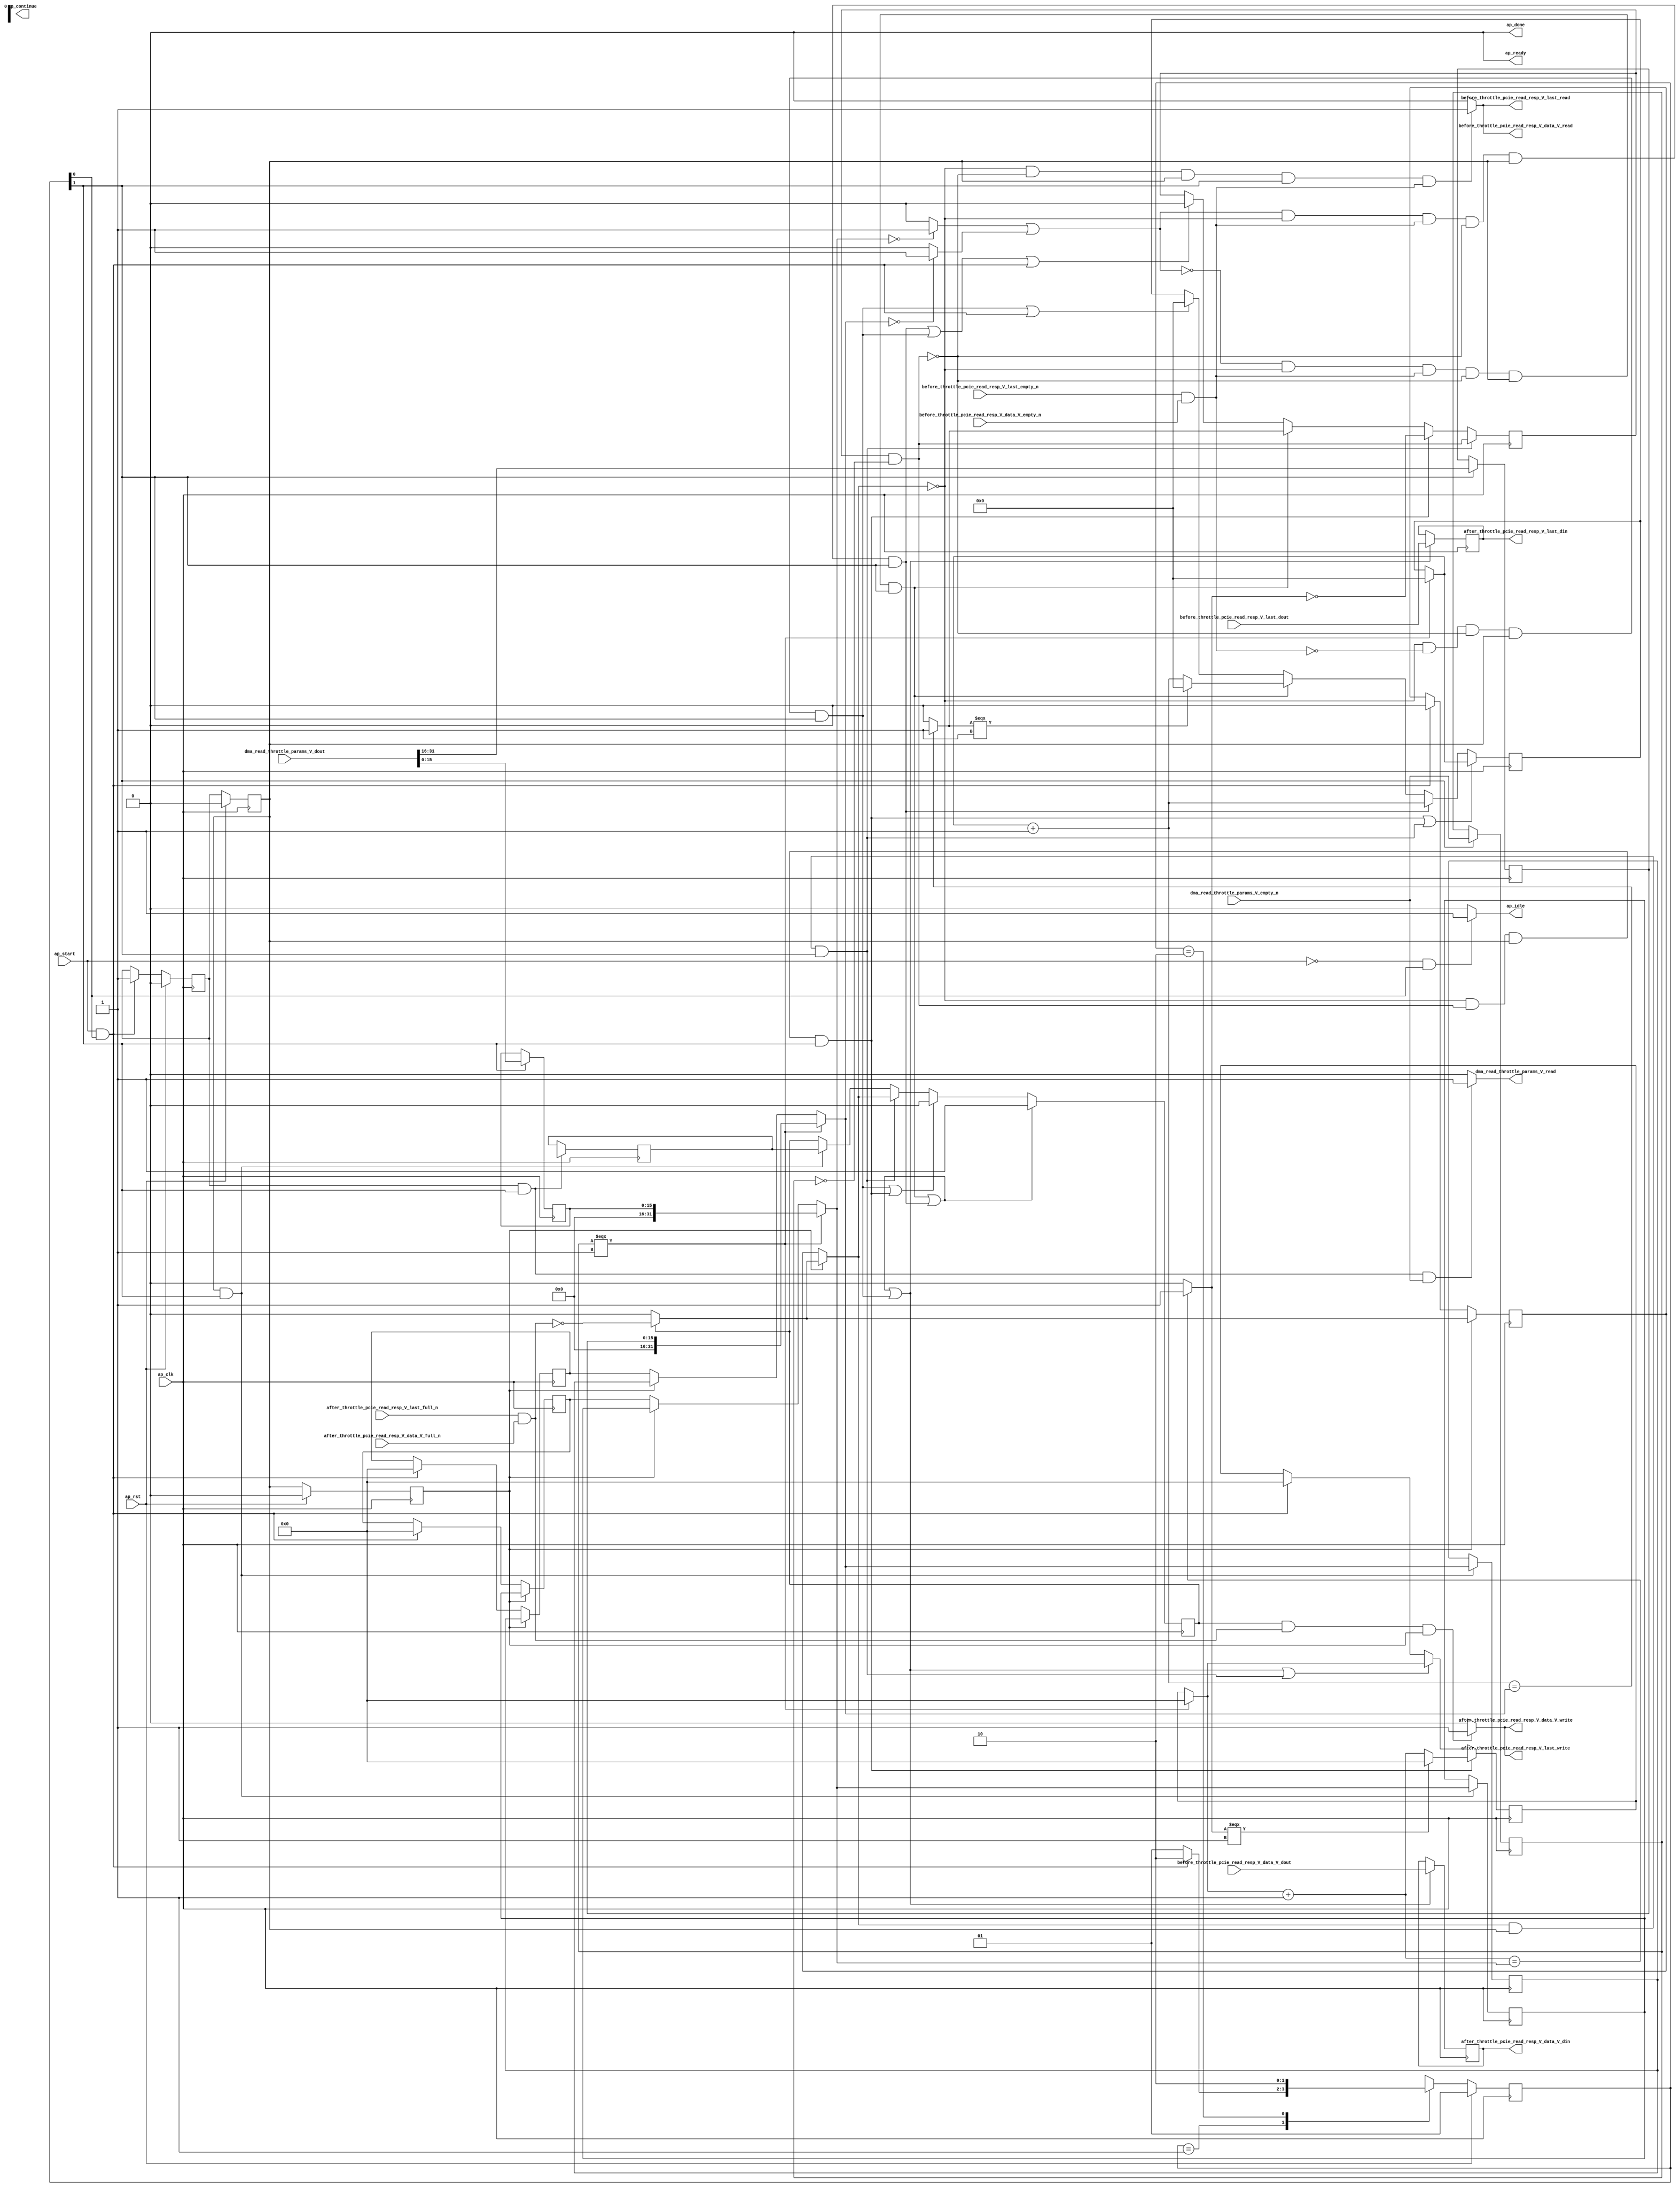
// ==============================================================
// RTL generated by Vivado(TM) HLS - High-Level Synthesis from C, C++ and SystemC
// Version: 2017.4.op
// Copyright (C) 1986-2018 Xilinx, Inc. All Rights Reserved.
// 
// ===========================================================

`timescale 1 ns / 1 ps 

(* CORE_GENERATION_INFO="pcie_read_throttle_unit,hls_ip_2017_4_op,{HLS_INPUT_TYPE=cxx,HLS_INPUT_FLOAT=0,HLS_INPUT_FIXED=0,HLS_INPUT_PART=xcvu9p-flgb2104-2-i,HLS_INPUT_CLOCK=4.000000,HLS_INPUT_ARCH=others,HLS_SYN_CLOCK=3.196250,HLS_SYN_LAT=-1,HLS_SYN_TPT=none,HLS_SYN_MEM=0,HLS_SYN_DSP=0,HLS_SYN_FF=740,HLS_SYN_LUT=581}" *)

module pcie_read_throttle_unit (
        ap_clk,
        ap_rst,
        ap_start,
        ap_done,
ap_continue,
        ap_idle,
        ap_ready,
        dma_read_throttle_params_V_dout,
        dma_read_throttle_params_V_empty_n,
        dma_read_throttle_params_V_read,
        before_throttle_pcie_read_resp_V_last_dout,
        before_throttle_pcie_read_resp_V_last_empty_n,
        before_throttle_pcie_read_resp_V_last_read,
        before_throttle_pcie_read_resp_V_data_V_dout,
        before_throttle_pcie_read_resp_V_data_V_empty_n,
        before_throttle_pcie_read_resp_V_data_V_read,
        after_throttle_pcie_read_resp_V_last_din,
        after_throttle_pcie_read_resp_V_last_full_n,
        after_throttle_pcie_read_resp_V_last_write,
        after_throttle_pcie_read_resp_V_data_V_din,
        after_throttle_pcie_read_resp_V_data_V_full_n,
        after_throttle_pcie_read_resp_V_data_V_write
);

parameter    ap_ST_fsm_state1 = 2'd1;
parameter    ap_ST_fsm_pp0_stage0 = 2'd2;

input   ap_clk;
input   ap_rst;
input   ap_start;
output   ap_done;
output   ap_idle;
output ap_ready; output ap_continue;
input  [31:0] dma_read_throttle_params_V_dout;
input   dma_read_throttle_params_V_empty_n;
output   dma_read_throttle_params_V_read;
input   before_throttle_pcie_read_resp_V_last_dout;
input   before_throttle_pcie_read_resp_V_last_empty_n;
output   before_throttle_pcie_read_resp_V_last_read;
input  [511:0] before_throttle_pcie_read_resp_V_data_V_dout;
input   before_throttle_pcie_read_resp_V_data_V_empty_n;
output   before_throttle_pcie_read_resp_V_data_V_read;
output   after_throttle_pcie_read_resp_V_last_din;
input   after_throttle_pcie_read_resp_V_last_full_n;
output   after_throttle_pcie_read_resp_V_last_write;
output  [511:0] after_throttle_pcie_read_resp_V_data_V_din;
input   after_throttle_pcie_read_resp_V_data_V_full_n;
output   after_throttle_pcie_read_resp_V_data_V_write;

reg ap_idle;
reg dma_read_throttle_params_V_read;

(* fsm_encoding = "none" *) reg   [1:0] ap_CS_fsm;
wire    ap_CS_fsm_state1;
reg   [31:0] throttle_threshold_reg_162;
reg   [31:0] throttle_cnt_reg_173;
reg   [0:0] valid_read_resp_reg_184;
reg   [0:0] empty_n_reg_504;
wire    ap_CS_fsm_pp0_stage0;
wire    ap_block_state2_pp0_stage0_iter0;
wire    ap_block_state3_pp0_stage0_iter1;
wire    ap_block_state4_pp0_stage0_iter2;
wire    ap_block_pp0_stage0_11001;
wire   [15:0] throttle_cnt_2_fu_269_p1;
reg   [15:0] throttle_cnt_2_reg_513;
reg   [15:0] throttle_threshold_1_reg_518;
wire   [31:0] throttle_threshold_3_fu_306_p3;
reg   [31:0] throttle_threshold_3_reg_523;
reg    ap_enable_reg_pp0_iter1;
wire   [31:0] throttle_cnt_1_fu_313_p3;
reg   [31:0] throttle_cnt_1_reg_528;
wire   [0:0] read_resp_stall_1_fu_325_p2;
wire   [0:0] empty_n_2_fu_339_p1;
reg   [0:0] ap_phi_mux_valid_read_resp_phi_fu_188_p4;
wire   [0:0] or_cond_fu_371_p2;
reg    ap_enable_reg_pp0_iter0;
wire    ap_block_pp0_stage0_subdone;
reg    ap_enable_reg_pp0_iter2;
reg   [31:0] ap_phi_mux_throttle_threshold_phi_fu_166_p4;
wire    ap_block_pp0_stage0;
reg   [31:0] ap_phi_mux_throttle_cnt_phi_fu_177_p4;
reg   [0:0] ap_phi_mux_valid_read_resp_5_phi_fu_222_p4;
wire   [0:0] ap_phi_mux_valid_read_resp_3_phi_fu_201_p10;
wire   [0:0] ap_phi_reg_pp0_iter0_valid_read_resp_3_reg_196;
reg   [0:0] ap_phi_reg_pp0_iter1_valid_read_resp_3_reg_196;
reg   [0:0] ap_phi_reg_pp0_iter2_valid_read_resp_3_reg_196;
wire   [0:0] not_full_n_i_fu_459_p2;
wire   [0:0] ap_phi_reg_pp0_iter2_valid_read_resp_5_reg_218;
reg    before_throttle_pcie_read_resp_V_last0_update;
wire   [0:0] empty_n_1_nbread_fu_144_p3_0;
reg    after_throttle_pcie_read_resp_V_last1_update;
wire   [0:0] full_n_nbwrite_fu_152_p5;
wire    ap_block_pp0_stage0_01001;
reg   [31:0] read_resp_stall_times_fu_118;
wire   [31:0] read_resp_stall_times_1_fu_331_p3;
wire   [31:0] p_s_fu_428_p3;
reg   [0:0] read_resp_stall_fu_122;
wire   [0:0] tmp_s_fu_381_p2;
wire   [0:0] not_s_fu_422_p2;
reg   [24:0] read_resp_contiguous_times_V_1_fu_126;
wire   [24:0] p_1_fu_387_p3;
wire   [24:0] read_resp_contiguous_times_V_fu_353_p2;
wire   [24:0] p_0_1_fu_298_p3;
reg   [0:0] tmp_last_fu_130;
reg   [511:0] tmp_data_V_fu_134;
wire   [31:0] throttle_threshold_2_fu_292_p1;
wire   [31:0] throttle_cnt_2_cast_fu_295_p1;
wire   [0:0] not_empty_n_fu_320_p2;
wire   [0:0] tmp_7_fu_359_p2;
wire   [0:0] tmp_8_fu_365_p2;
wire   [31:0] tmp_9_fu_377_p1;
wire   [31:0] read_resp_stall_times_2_fu_410_p2;
wire   [0:0] tmp_4_fu_416_p2;
reg   [1:0] ap_NS_fsm;
reg    ap_idle_pp0;
wire    ap_enable_pp0;

// power-on initialization
initial begin
#0 ap_CS_fsm = 2'd1;
#0 ap_enable_reg_pp0_iter1 = 1'b0;
#0 ap_enable_reg_pp0_iter0 = 1'b0;
#0 ap_enable_reg_pp0_iter2 = 1'b0;
end

always @ (posedge ap_clk) begin
    if (ap_rst == 1'b1) begin
        ap_CS_fsm <= ap_ST_fsm_state1;
    end else begin
        ap_CS_fsm <= ap_NS_fsm;
    end
end

always @ (posedge ap_clk) begin
    if (ap_rst == 1'b1) begin
        ap_enable_reg_pp0_iter0 <= 1'b0;
    end else begin
        if (((ap_start == 1'b1) & (1'b1 == ap_CS_fsm_state1))) begin
            ap_enable_reg_pp0_iter0 <= 1'b1;
        end
    end
end

always @ (posedge ap_clk) begin
    if (ap_rst == 1'b1) begin
        ap_enable_reg_pp0_iter1 <= 1'b0;
    end else begin
        if ((1'b0 == ap_block_pp0_stage0_subdone)) begin
            ap_enable_reg_pp0_iter1 <= ap_enable_reg_pp0_iter0;
        end else if (((ap_start == 1'b1) & (1'b1 == ap_CS_fsm_state1))) begin
            ap_enable_reg_pp0_iter1 <= 1'b0;
        end
    end
end

always @ (posedge ap_clk) begin
    if (ap_rst == 1'b1) begin
        ap_enable_reg_pp0_iter2 <= 1'b0;
    end else begin
        if ((1'b0 == ap_block_pp0_stage0_subdone)) begin
            ap_enable_reg_pp0_iter2 <= ap_enable_reg_pp0_iter1;
        end else if (((ap_start == 1'b1) & (1'b1 == ap_CS_fsm_state1))) begin
            ap_enable_reg_pp0_iter2 <= 1'b0;
        end
    end
end

always @ (posedge ap_clk) begin
    if ((((or_cond_fu_371_p2 == 1'd0) & (ap_phi_mux_valid_read_resp_phi_fu_188_p4 == 1'd0) & (empty_n_2_fu_339_p1 == 1'd1) & (read_resp_stall_1_fu_325_p2 == 1'd0) & (1'b0 == ap_block_pp0_stage0_11001) & (ap_enable_reg_pp0_iter1 == 1'b1) & (1'b1 == ap_CS_fsm_pp0_stage0)) | ((or_cond_fu_371_p2 == 1'd1) & (ap_phi_mux_valid_read_resp_phi_fu_188_p4 == 1'd0) & (empty_n_2_fu_339_p1 == 1'd1) & (read_resp_stall_1_fu_325_p2 == 1'd0) & (1'b0 == ap_block_pp0_stage0_11001) & (ap_enable_reg_pp0_iter1 == 1'b1) & (1'b1 == ap_CS_fsm_pp0_stage0)))) begin
        ap_phi_reg_pp0_iter2_valid_read_resp_3_reg_196 <= 1'd1;
    end else if ((((ap_phi_mux_valid_read_resp_phi_fu_188_p4 == 1'd0) & (empty_n_2_fu_339_p1 == 1'd0) & (read_resp_stall_1_fu_325_p2 == 1'd0) & (1'b0 == ap_block_pp0_stage0_11001) & (ap_enable_reg_pp0_iter1 == 1'b1) & (1'b1 == ap_CS_fsm_pp0_stage0)) | ((ap_phi_mux_valid_read_resp_phi_fu_188_p4 == 1'd0) & (read_resp_stall_1_fu_325_p2 == 1'd1) & (1'b0 == ap_block_pp0_stage0_11001) & (ap_enable_reg_pp0_iter1 == 1'b1) & (1'b1 == ap_CS_fsm_pp0_stage0)))) begin
        ap_phi_reg_pp0_iter2_valid_read_resp_3_reg_196 <= 1'd0;
    end else if (((ap_phi_mux_valid_read_resp_phi_fu_188_p4 == 1'd1) & (1'b0 == ap_block_pp0_stage0_11001) & (ap_enable_reg_pp0_iter1 == 1'b1) & (1'b1 == ap_CS_fsm_pp0_stage0))) begin
        ap_phi_reg_pp0_iter2_valid_read_resp_3_reg_196 <= ap_phi_mux_valid_read_resp_phi_fu_188_p4;
    end else if (((1'b0 == ap_block_pp0_stage0_11001) & (ap_enable_reg_pp0_iter1 == 1'b1) & (1'b1 == ap_CS_fsm_pp0_stage0))) begin
        ap_phi_reg_pp0_iter2_valid_read_resp_3_reg_196 <= ap_phi_reg_pp0_iter1_valid_read_resp_3_reg_196;
    end
end

always @ (posedge ap_clk) begin
    if ((((ap_phi_mux_valid_read_resp_phi_fu_188_p4 == 1'd0) & (read_resp_stall_1_fu_325_p2 == 1'd1) & (1'b0 == ap_block_pp0_stage0_11001) & (ap_enable_reg_pp0_iter1 == 1'b1) & (1'b1 == ap_CS_fsm_pp0_stage0)) | ((ap_phi_mux_valid_read_resp_phi_fu_188_p4 == 1'd1) & (1'b0 == ap_block_pp0_stage0_11001) & (ap_enable_reg_pp0_iter1 == 1'b1) & (1'b1 == ap_CS_fsm_pp0_stage0)))) begin
        read_resp_contiguous_times_V_1_fu_126 <= p_0_1_fu_298_p3;
    end else if (((or_cond_fu_371_p2 == 1'd1) & (ap_phi_mux_valid_read_resp_phi_fu_188_p4 == 1'd0) & (empty_n_2_fu_339_p1 == 1'd1) & (read_resp_stall_1_fu_325_p2 == 1'd0) & (1'b0 == ap_block_pp0_stage0_11001) & (ap_enable_reg_pp0_iter1 == 1'b1) & (1'b1 == ap_CS_fsm_pp0_stage0))) begin
        read_resp_contiguous_times_V_1_fu_126 <= read_resp_contiguous_times_V_fu_353_p2;
    end else if (((or_cond_fu_371_p2 == 1'd0) & (ap_phi_mux_valid_read_resp_phi_fu_188_p4 == 1'd0) & (empty_n_2_fu_339_p1 == 1'd1) & (read_resp_stall_1_fu_325_p2 == 1'd0) & (1'b0 == ap_block_pp0_stage0_11001) & (ap_enable_reg_pp0_iter1 == 1'b1) & (1'b1 == ap_CS_fsm_pp0_stage0))) begin
        read_resp_contiguous_times_V_1_fu_126 <= p_1_fu_387_p3;
    end else if ((((ap_phi_mux_valid_read_resp_phi_fu_188_p4 == 1'd0) & (empty_n_2_fu_339_p1 == 1'd0) & (read_resp_stall_1_fu_325_p2 == 1'd0) & (1'b0 == ap_block_pp0_stage0_11001) & (ap_enable_reg_pp0_iter1 == 1'b1) & (1'b1 == ap_CS_fsm_pp0_stage0)) | ((ap_start == 1'b1) & (1'b1 == ap_CS_fsm_state1)))) begin
        read_resp_contiguous_times_V_1_fu_126 <= 25'd0;
    end
end

always @ (posedge ap_clk) begin
    if (((ap_phi_mux_valid_read_resp_phi_fu_188_p4 == 1'd1) & (1'b0 == ap_block_pp0_stage0_11001) & (ap_enable_reg_pp0_iter1 == 1'b1) & (1'b1 == ap_CS_fsm_pp0_stage0))) begin
        read_resp_stall_fu_122 <= read_resp_stall_1_fu_325_p2;
    end else if (((ap_phi_mux_valid_read_resp_phi_fu_188_p4 == 1'd0) & (read_resp_stall_1_fu_325_p2 == 1'd1) & (1'b0 == ap_block_pp0_stage0_11001) & (ap_enable_reg_pp0_iter1 == 1'b1) & (1'b1 == ap_CS_fsm_pp0_stage0))) begin
        read_resp_stall_fu_122 <= not_s_fu_422_p2;
    end else if (((or_cond_fu_371_p2 == 1'd0) & (ap_phi_mux_valid_read_resp_phi_fu_188_p4 == 1'd0) & (empty_n_2_fu_339_p1 == 1'd1) & (read_resp_stall_1_fu_325_p2 == 1'd0) & (1'b0 == ap_block_pp0_stage0_11001) & (ap_enable_reg_pp0_iter1 == 1'b1) & (1'b1 == ap_CS_fsm_pp0_stage0))) begin
        read_resp_stall_fu_122 <= tmp_s_fu_381_p2;
    end else if ((((or_cond_fu_371_p2 == 1'd1) & (ap_phi_mux_valid_read_resp_phi_fu_188_p4 == 1'd0) & (empty_n_2_fu_339_p1 == 1'd1) & (read_resp_stall_1_fu_325_p2 == 1'd0) & (1'b0 == ap_block_pp0_stage0_11001) & (ap_enable_reg_pp0_iter1 == 1'b1) & (1'b1 == ap_CS_fsm_pp0_stage0)) | ((ap_phi_mux_valid_read_resp_phi_fu_188_p4 == 1'd0) & (empty_n_2_fu_339_p1 == 1'd0) & (read_resp_stall_1_fu_325_p2 == 1'd0) & (1'b0 == ap_block_pp0_stage0_11001) & (ap_enable_reg_pp0_iter1 == 1'b1) & (1'b1 == ap_CS_fsm_pp0_stage0)) | ((ap_start == 1'b1) & (1'b1 == ap_CS_fsm_state1)))) begin
        read_resp_stall_fu_122 <= 1'd0;
    end
end

always @ (posedge ap_clk) begin
    if (((ap_phi_mux_valid_read_resp_phi_fu_188_p4 == 1'd0) & (read_resp_stall_1_fu_325_p2 == 1'd1) & (1'b0 == ap_block_pp0_stage0_11001) & (ap_enable_reg_pp0_iter1 == 1'b1) & (1'b1 == ap_CS_fsm_pp0_stage0))) begin
        read_resp_stall_times_fu_118 <= p_s_fu_428_p3;
    end else if ((((or_cond_fu_371_p2 == 1'd0) & (ap_phi_mux_valid_read_resp_phi_fu_188_p4 == 1'd0) & (empty_n_2_fu_339_p1 == 1'd1) & (read_resp_stall_1_fu_325_p2 == 1'd0) & (1'b0 == ap_block_pp0_stage0_11001) & (ap_enable_reg_pp0_iter1 == 1'b1) & (1'b1 == ap_CS_fsm_pp0_stage0)) | ((or_cond_fu_371_p2 == 1'd1) & (ap_phi_mux_valid_read_resp_phi_fu_188_p4 == 1'd0) & (empty_n_2_fu_339_p1 == 1'd1) & (read_resp_stall_1_fu_325_p2 == 1'd0) & (1'b0 == ap_block_pp0_stage0_11001) & (ap_enable_reg_pp0_iter1 == 1'b1) & (1'b1 == ap_CS_fsm_pp0_stage0)) | ((ap_phi_mux_valid_read_resp_phi_fu_188_p4 == 1'd0) & (empty_n_2_fu_339_p1 == 1'd0) & (read_resp_stall_1_fu_325_p2 == 1'd0) & (1'b0 == ap_block_pp0_stage0_11001) & (ap_enable_reg_pp0_iter1 == 1'b1) & (1'b1 == ap_CS_fsm_pp0_stage0)) | ((ap_phi_mux_valid_read_resp_phi_fu_188_p4 == 1'd1) & (1'b0 == ap_block_pp0_stage0_11001) & (ap_enable_reg_pp0_iter1 == 1'b1) & (1'b1 == ap_CS_fsm_pp0_stage0)))) begin
        read_resp_stall_times_fu_118 <= read_resp_stall_times_1_fu_331_p3;
    end else if (((ap_start == 1'b1) & (1'b1 == ap_CS_fsm_state1))) begin
        read_resp_stall_times_fu_118 <= 32'd0;
    end
end

always @ (posedge ap_clk) begin
    if (((1'b0 == ap_block_pp0_stage0_11001) & (ap_enable_reg_pp0_iter2 == 1'b1))) begin
        throttle_cnt_reg_173 <= throttle_cnt_1_reg_528;
    end else if (((ap_start == 1'b1) & (1'b1 == ap_CS_fsm_state1))) begin
        throttle_cnt_reg_173 <= 32'd0;
    end
end

always @ (posedge ap_clk) begin
    if (((1'b0 == ap_block_pp0_stage0_11001) & (ap_enable_reg_pp0_iter2 == 1'b1))) begin
        throttle_threshold_reg_162 <= throttle_threshold_3_reg_523;
    end else if (((ap_start == 1'b1) & (1'b1 == ap_CS_fsm_state1))) begin
        throttle_threshold_reg_162 <= 32'd0;
    end
end

always @ (posedge ap_clk) begin
    if (((1'b0 == ap_block_pp0_stage0_11001) & (ap_enable_reg_pp0_iter2 == 1'b1))) begin
        valid_read_resp_reg_184 <= ap_phi_mux_valid_read_resp_5_phi_fu_222_p4;
    end else if (((ap_start == 1'b1) & (1'b1 == ap_CS_fsm_state1))) begin
        valid_read_resp_reg_184 <= 1'd0;
    end
end

always @ (posedge ap_clk) begin
    if (((1'b0 == ap_block_pp0_stage0_11001) & (ap_enable_reg_pp0_iter0 == 1'b1) & (1'b1 == ap_CS_fsm_pp0_stage0))) begin
        ap_phi_reg_pp0_iter1_valid_read_resp_3_reg_196 <= ap_phi_reg_pp0_iter0_valid_read_resp_3_reg_196;
    end
end

always @ (posedge ap_clk) begin
    if (((1'b0 == ap_block_pp0_stage0_11001) & (1'b1 == ap_CS_fsm_pp0_stage0))) begin
        empty_n_reg_504 <= dma_read_throttle_params_V_empty_n;
        throttle_cnt_2_reg_513 <= throttle_cnt_2_fu_269_p1;
        throttle_threshold_1_reg_518 <= {{dma_read_throttle_params_V_dout[31:16]}};
    end
end

always @ (posedge ap_clk) begin
    if (((1'b0 == ap_block_pp0_stage0_11001) & (ap_enable_reg_pp0_iter1 == 1'b1) & (1'b1 == ap_CS_fsm_pp0_stage0))) begin
        throttle_cnt_1_reg_528 <= throttle_cnt_1_fu_313_p3;
        throttle_threshold_3_reg_523 <= throttle_threshold_3_fu_306_p3;
    end
end

always @ (posedge ap_clk) begin
    if ((((or_cond_fu_371_p2 == 1'd0) & (ap_phi_mux_valid_read_resp_phi_fu_188_p4 == 1'd0) & (empty_n_2_fu_339_p1 == 1'd1) & (read_resp_stall_1_fu_325_p2 == 1'd0) & (1'b0 == ap_block_pp0_stage0_11001) & (ap_enable_reg_pp0_iter1 == 1'b1) & (1'b1 == ap_CS_fsm_pp0_stage0)) | ((or_cond_fu_371_p2 == 1'd1) & (ap_phi_mux_valid_read_resp_phi_fu_188_p4 == 1'd0) & (empty_n_2_fu_339_p1 == 1'd1) & (read_resp_stall_1_fu_325_p2 == 1'd0) & (1'b0 == ap_block_pp0_stage0_11001) & (ap_enable_reg_pp0_iter1 == 1'b1) & (1'b1 == ap_CS_fsm_pp0_stage0)) | ((ap_phi_mux_valid_read_resp_phi_fu_188_p4 == 1'd0) & (empty_n_2_fu_339_p1 == 1'd0) & (read_resp_stall_1_fu_325_p2 == 1'd0) & (1'b0 == ap_block_pp0_stage0_11001) & (ap_enable_reg_pp0_iter1 == 1'b1) & (1'b1 == ap_CS_fsm_pp0_stage0)))) begin
        tmp_data_V_fu_134 <= before_throttle_pcie_read_resp_V_data_V_dout;
        tmp_last_fu_130 <= before_throttle_pcie_read_resp_V_last_dout;
    end
end

always @ (*) begin
    if (((ap_phi_mux_valid_read_resp_3_phi_fu_201_p10 == 1'd1) & (1'b0 == ap_block_pp0_stage0_11001) & ((after_throttle_pcie_read_resp_V_last_full_n & after_throttle_pcie_read_resp_V_data_V_full_n) == 1'b1) & (ap_enable_reg_pp0_iter2 == 1'b1))) begin
        after_throttle_pcie_read_resp_V_last1_update = 1'b1;
    end else begin
        after_throttle_pcie_read_resp_V_last1_update = 1'b0;
    end
end

always @ (*) begin
    if (((ap_start == 1'b0) & (1'b1 == ap_CS_fsm_state1))) begin
        ap_idle = 1'b1;
    end else begin
        ap_idle = 1'b0;
    end
end

always @ (*) begin
    if (((ap_enable_reg_pp0_iter0 == 1'b0) & (ap_enable_reg_pp0_iter1 == 1'b0) & (ap_enable_reg_pp0_iter2 == 1'b0))) begin
        ap_idle_pp0 = 1'b1;
    end else begin
        ap_idle_pp0 = 1'b0;
    end
end

always @ (*) begin
    if (((ap_enable_reg_pp0_iter2 == 1'b1) & (1'b0 == ap_block_pp0_stage0))) begin
        ap_phi_mux_throttle_cnt_phi_fu_177_p4 = throttle_cnt_1_reg_528;
    end else begin
        ap_phi_mux_throttle_cnt_phi_fu_177_p4 = throttle_cnt_reg_173;
    end
end

always @ (*) begin
    if (((ap_enable_reg_pp0_iter2 == 1'b1) & (1'b0 == ap_block_pp0_stage0))) begin
        ap_phi_mux_throttle_threshold_phi_fu_166_p4 = throttle_threshold_3_reg_523;
    end else begin
        ap_phi_mux_throttle_threshold_phi_fu_166_p4 = throttle_threshold_reg_162;
    end
end

always @ (*) begin
    if (((ap_enable_reg_pp0_iter2 == 1'b1) & (1'b0 == ap_block_pp0_stage0))) begin
        if ((ap_phi_mux_valid_read_resp_3_phi_fu_201_p10 == 1'd0)) begin
            ap_phi_mux_valid_read_resp_5_phi_fu_222_p4 = ap_phi_reg_pp0_iter2_valid_read_resp_3_reg_196;
        end else if ((ap_phi_mux_valid_read_resp_3_phi_fu_201_p10 == 1'd1)) begin
            ap_phi_mux_valid_read_resp_5_phi_fu_222_p4 = not_full_n_i_fu_459_p2;
        end else begin
            ap_phi_mux_valid_read_resp_5_phi_fu_222_p4 = ap_phi_reg_pp0_iter2_valid_read_resp_5_reg_218;
        end
    end else begin
        ap_phi_mux_valid_read_resp_5_phi_fu_222_p4 = ap_phi_reg_pp0_iter2_valid_read_resp_5_reg_218;
    end
end

always @ (*) begin
    if (((ap_enable_reg_pp0_iter2 == 1'b1) & (1'b0 == ap_block_pp0_stage0))) begin
        ap_phi_mux_valid_read_resp_phi_fu_188_p4 = ap_phi_mux_valid_read_resp_5_phi_fu_222_p4;
    end else begin
        ap_phi_mux_valid_read_resp_phi_fu_188_p4 = valid_read_resp_reg_184;
    end
end

always @ (*) begin
    if (((ap_phi_mux_valid_read_resp_phi_fu_188_p4 == 1'd0) & (read_resp_stall_1_fu_325_p2 == 1'd0) & (1'b0 == ap_block_pp0_stage0_11001) & (ap_enable_reg_pp0_iter1 == 1'b1) & (1'b1 == ap_CS_fsm_pp0_stage0) & ((before_throttle_pcie_read_resp_V_last_empty_n & before_throttle_pcie_read_resp_V_data_V_empty_n) == 1'b1))) begin
        before_throttle_pcie_read_resp_V_last0_update = 1'b1;
    end else begin
        before_throttle_pcie_read_resp_V_last0_update = 1'b0;
    end
end

always @ (*) begin
    if (((1'b0 == ap_block_pp0_stage0_11001) & (ap_enable_reg_pp0_iter0 == 1'b1) & (1'b1 == ap_CS_fsm_pp0_stage0) & (dma_read_throttle_params_V_empty_n == 1'b1))) begin
        dma_read_throttle_params_V_read = 1'b1;
    end else begin
        dma_read_throttle_params_V_read = 1'b0;
    end
end

always @ (*) begin
    case (ap_CS_fsm)
        ap_ST_fsm_state1 : begin
            if (((ap_start == 1'b1) & (1'b1 == ap_CS_fsm_state1))) begin
                ap_NS_fsm = ap_ST_fsm_pp0_stage0;
            end else begin
                ap_NS_fsm = ap_ST_fsm_state1;
            end
        end
        ap_ST_fsm_pp0_stage0 : begin
            ap_NS_fsm = ap_ST_fsm_pp0_stage0;
        end
        default : begin
            ap_NS_fsm = 'bx;
        end
    endcase
end

assign after_throttle_pcie_read_resp_V_data_V_din = tmp_data_V_fu_134;

assign after_throttle_pcie_read_resp_V_data_V_write = after_throttle_pcie_read_resp_V_last1_update;

assign after_throttle_pcie_read_resp_V_last_din = tmp_last_fu_130;

assign after_throttle_pcie_read_resp_V_last_write = after_throttle_pcie_read_resp_V_last1_update;

assign ap_CS_fsm_pp0_stage0 = ap_CS_fsm[32'd1];

assign ap_CS_fsm_state1 = ap_CS_fsm[32'd0];

assign ap_block_pp0_stage0 = ~(1'b1 == 1'b1);

assign ap_block_pp0_stage0_01001 = ~(1'b1 == 1'b1);

assign ap_block_pp0_stage0_11001 = ~(1'b1 == 1'b1);

assign ap_block_pp0_stage0_subdone = ~(1'b1 == 1'b1);

assign ap_block_state2_pp0_stage0_iter0 = ~(1'b1 == 1'b1);

assign ap_block_state3_pp0_stage0_iter1 = ~(1'b1 == 1'b1);

assign ap_block_state4_pp0_stage0_iter2 = ~(1'b1 == 1'b1);

assign ap_done = 1'b0;

assign ap_enable_pp0 = (ap_idle_pp0 ^ 1'b1);

assign ap_phi_mux_valid_read_resp_3_phi_fu_201_p10 = ap_phi_reg_pp0_iter2_valid_read_resp_3_reg_196;

assign ap_phi_reg_pp0_iter0_valid_read_resp_3_reg_196 = 'bx;

assign ap_phi_reg_pp0_iter2_valid_read_resp_5_reg_218 = 'bx;

assign ap_ready = 1'b0;

assign before_throttle_pcie_read_resp_V_data_V_read = before_throttle_pcie_read_resp_V_last0_update;

assign before_throttle_pcie_read_resp_V_last_read = before_throttle_pcie_read_resp_V_last0_update;

assign empty_n_1_nbread_fu_144_p3_0 = (before_throttle_pcie_read_resp_V_last_empty_n & before_throttle_pcie_read_resp_V_data_V_empty_n);

assign empty_n_2_fu_339_p1 = empty_n_1_nbread_fu_144_p3_0;

assign full_n_nbwrite_fu_152_p5 = (after_throttle_pcie_read_resp_V_last_full_n & after_throttle_pcie_read_resp_V_data_V_full_n);

assign not_empty_n_fu_320_p2 = (empty_n_reg_504 ^ 1'd1);

assign not_full_n_i_fu_459_p2 = (full_n_nbwrite_fu_152_p5 ^ 1'd1);

assign not_s_fu_422_p2 = (tmp_4_fu_416_p2 ^ 1'd1);

assign or_cond_fu_371_p2 = (tmp_8_fu_365_p2 | tmp_7_fu_359_p2);

assign p_0_1_fu_298_p3 = ((empty_n_reg_504[0:0] === 1'b1) ? 25'd0 : read_resp_contiguous_times_V_1_fu_126);

assign p_1_fu_387_p3 = ((tmp_s_fu_381_p2[0:0] === 1'b1) ? 25'd0 : read_resp_contiguous_times_V_fu_353_p2);

assign p_s_fu_428_p3 = ((tmp_4_fu_416_p2[0:0] === 1'b1) ? 32'd0 : read_resp_stall_times_2_fu_410_p2);

assign read_resp_contiguous_times_V_fu_353_p2 = (p_0_1_fu_298_p3 + 25'd1);

assign read_resp_stall_1_fu_325_p2 = (read_resp_stall_fu_122 & not_empty_n_fu_320_p2);

assign read_resp_stall_times_1_fu_331_p3 = ((empty_n_reg_504[0:0] === 1'b1) ? 32'd0 : read_resp_stall_times_fu_118);

assign read_resp_stall_times_2_fu_410_p2 = (read_resp_stall_times_1_fu_331_p3 + 32'd1);

assign throttle_cnt_1_fu_313_p3 = ((empty_n_reg_504[0:0] === 1'b1) ? throttle_cnt_2_cast_fu_295_p1 : ap_phi_mux_throttle_cnt_phi_fu_177_p4);

assign throttle_cnt_2_cast_fu_295_p1 = throttle_cnt_2_reg_513;

assign throttle_cnt_2_fu_269_p1 = dma_read_throttle_params_V_dout[15:0];

assign throttle_threshold_2_fu_292_p1 = throttle_threshold_1_reg_518;

assign throttle_threshold_3_fu_306_p3 = ((empty_n_reg_504[0:0] === 1'b1) ? throttle_threshold_2_fu_292_p1 : ap_phi_mux_throttle_threshold_phi_fu_166_p4);

assign tmp_4_fu_416_p2 = ((read_resp_stall_times_2_fu_410_p2 == throttle_cnt_1_fu_313_p3) ? 1'b1 : 1'b0);

assign tmp_7_fu_359_p2 = ((throttle_threshold_3_fu_306_p3 == 32'd0) ? 1'b1 : 1'b0);

assign tmp_8_fu_365_p2 = ((throttle_cnt_1_fu_313_p3 == 32'd0) ? 1'b1 : 1'b0);

assign tmp_9_fu_377_p1 = read_resp_contiguous_times_V_fu_353_p2;

assign tmp_s_fu_381_p2 = ((tmp_9_fu_377_p1 == throttle_threshold_3_fu_306_p3) ? 1'b1 : 1'b0);

endmodule //pcie_read_throttle_unit